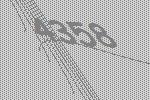
4358